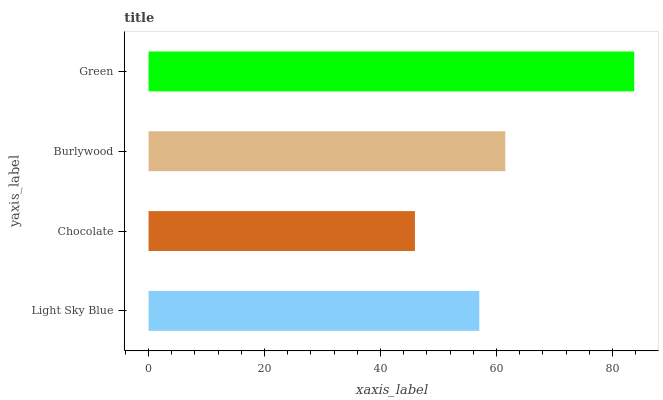
| yaxis_label | bars |
 | --- | --- |
 | Light Sky Blue | 57 |
 | Chocolate | 45.9 |
 | Burlywood | 61.5 |
 | Green | 83.8 |